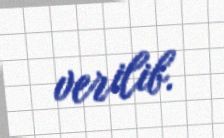
verilib.